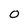
Character: 0